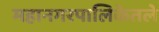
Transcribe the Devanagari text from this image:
महानगरपालिकेतले